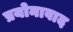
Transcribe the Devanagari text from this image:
प्रयोनावाद